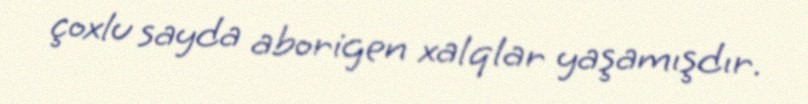
çoxlu sayda aborigen xalqlar yaşamışdır.